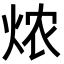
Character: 㶶